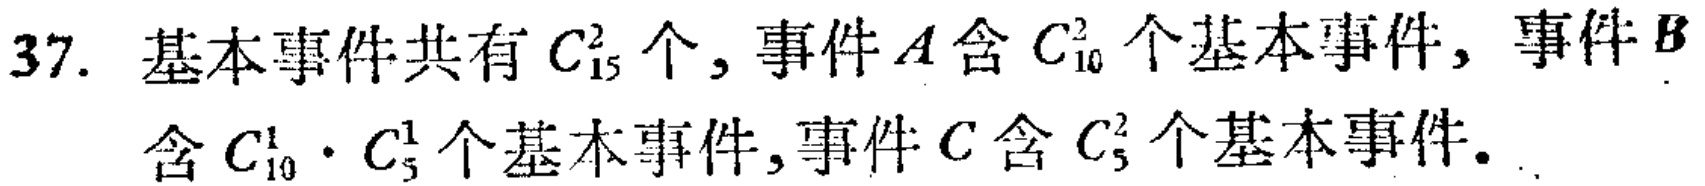
37. 基本事件共有 \(C_{15}^2\) 个, 事件 \(A\) 含 \(C_{10}^2\) 个基本事件, 事件 \(B\) 含 \(C_{10}^1\cdot C_{5}^1\) 个基本事件, 事件 \(C\) 含 \(C_{5}^2\) 个基本事件.